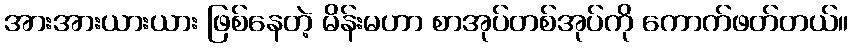
အားအားယားယား ဖြစ်နေတဲ့ မိန်းမဟာ စာအုပ်တစ်အုပ်ကို ကောက်ဖတ်တယ်။